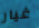
غيار